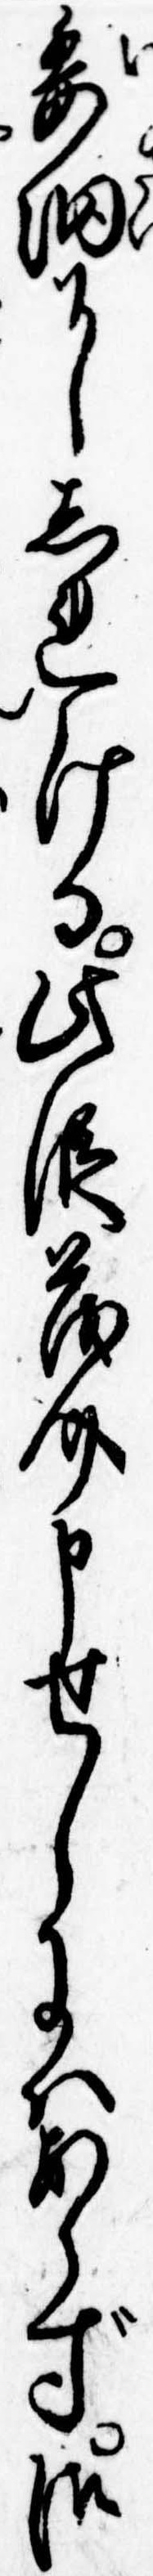
委細にしれける此段茂介申せしにはあらず御